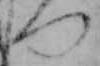
つ